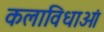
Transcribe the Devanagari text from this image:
कलाविधाओं